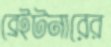
ব্রেইটনারের